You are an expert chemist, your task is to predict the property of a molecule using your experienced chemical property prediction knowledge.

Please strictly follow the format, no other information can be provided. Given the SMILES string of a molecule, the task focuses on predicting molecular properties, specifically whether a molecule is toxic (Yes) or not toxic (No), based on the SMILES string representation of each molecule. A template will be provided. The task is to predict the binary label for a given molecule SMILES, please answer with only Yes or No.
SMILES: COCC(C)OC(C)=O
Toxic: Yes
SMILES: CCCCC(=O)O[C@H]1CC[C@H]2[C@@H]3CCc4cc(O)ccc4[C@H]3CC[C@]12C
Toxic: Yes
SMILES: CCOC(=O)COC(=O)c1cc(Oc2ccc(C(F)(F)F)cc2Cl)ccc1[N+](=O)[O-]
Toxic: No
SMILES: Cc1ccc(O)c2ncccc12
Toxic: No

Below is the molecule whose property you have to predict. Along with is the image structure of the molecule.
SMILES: c1cc(C(c2ccc(OCC3CO3)cc2)c2ccc(OCC3CO3)cc2)ccc1OCC1CO1
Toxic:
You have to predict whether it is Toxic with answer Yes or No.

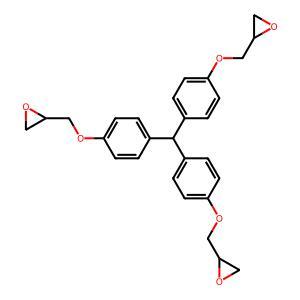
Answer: No